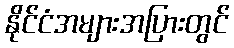
နိုင်ငံအများအပြားတွင်